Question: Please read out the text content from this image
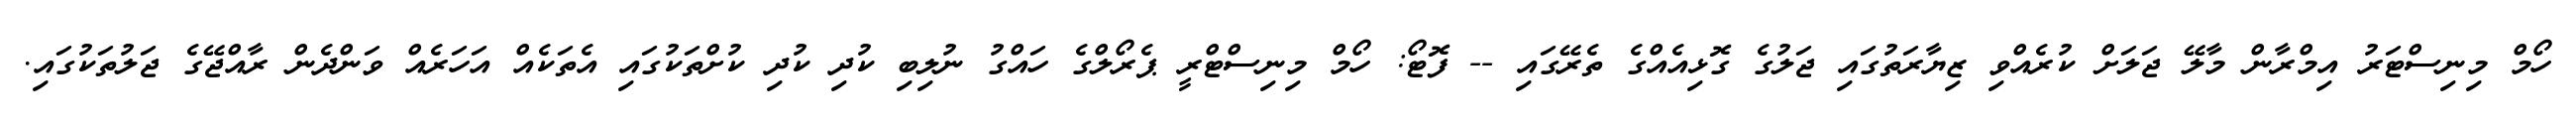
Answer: ހޯމް މިނިސްޓަރު އިމްރާން މާލޭ ޖަލަށް ކުރެއްވި ޒިޔާރަތުގައި ޖަލުގެ ގޮޅިއެއްގެ ތެރޭގައި -- ފޮޓޯ: ހޯމް މިނިސްޓްރީ ޕެރޯލްގެ ހައްގު ނުލިބި ކުދި ކުދި ކުށްތަކުގައި އެތަކެއް އަހަރެއް ވަންދެން ރާއްޖޭގެ ޖަލުތަކުގައި.